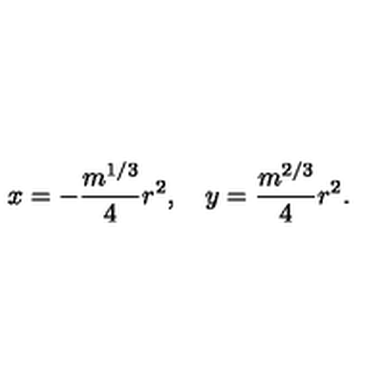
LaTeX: x = - { \frac { m ^ { 1 / 3 } } { 4 } } r ^ { 2 } , \quad y = { \frac { m ^ { 2 / 3 } } { 4 } } r ^ { 2 } .